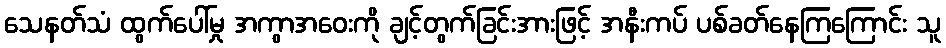
သေနတ်သံ ထွက်ပေါ်မှု အကွာအဝေးကို ချင့်တွက်ခြင်းအားဖြင့် အနီးကပ် ပစ်ခတ်နေကြကြောင်း သူ